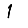
Digit: 1